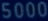
$000